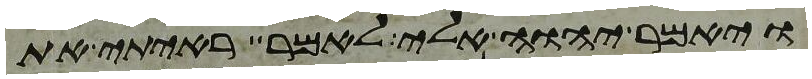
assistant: ויאמר יהוה אלי לאמר ראיתי את